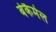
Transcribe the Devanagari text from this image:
बेकैमेल